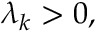
\lambda _ { k } > 0 ,